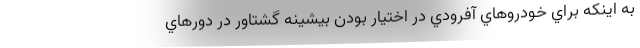
به اينكه براي خودروهاي آفرودي در اختيار بودن بيشينه گشتاور در دورهاي